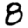
Digit: 8